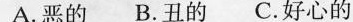
A.恶的B.丑的C.好心的